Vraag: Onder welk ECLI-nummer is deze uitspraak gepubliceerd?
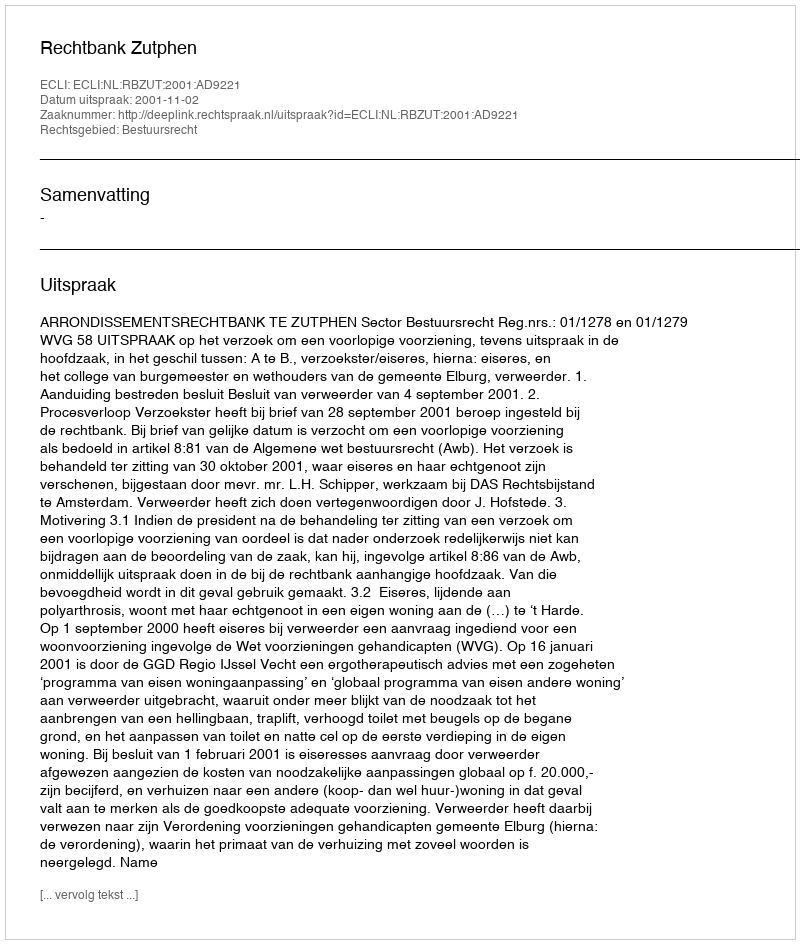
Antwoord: ECLI:NL:RBZUT:2001:AD9221